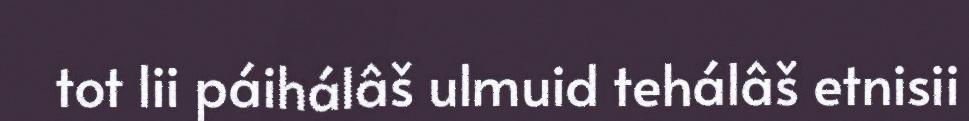
tot lii páihálâš ulmuid tehálâš etnisii